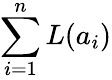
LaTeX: \sum_{i=1}^{n}L(a_{i})